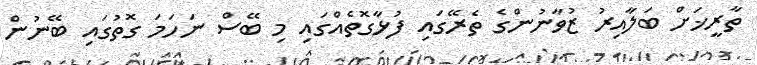
ތާރީޚަށް ބަލާއިރު ޒުވާނުންގެ ތެރޭގައި ފުޅާގޮތެއްގައި މި ބޭސް ނަހަމަ ގޮތުގައި ބޭނުން